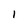
Character: l